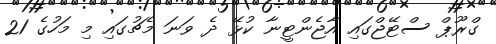
ގްރޫޕް ސްޓޭޖްގައި އާޖެންޓީނާ ކުޅޭ ދެ ވަނަ މެޗުގައި މި މަހުގެ 21